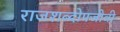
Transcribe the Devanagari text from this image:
राजशब्दोपजीवी